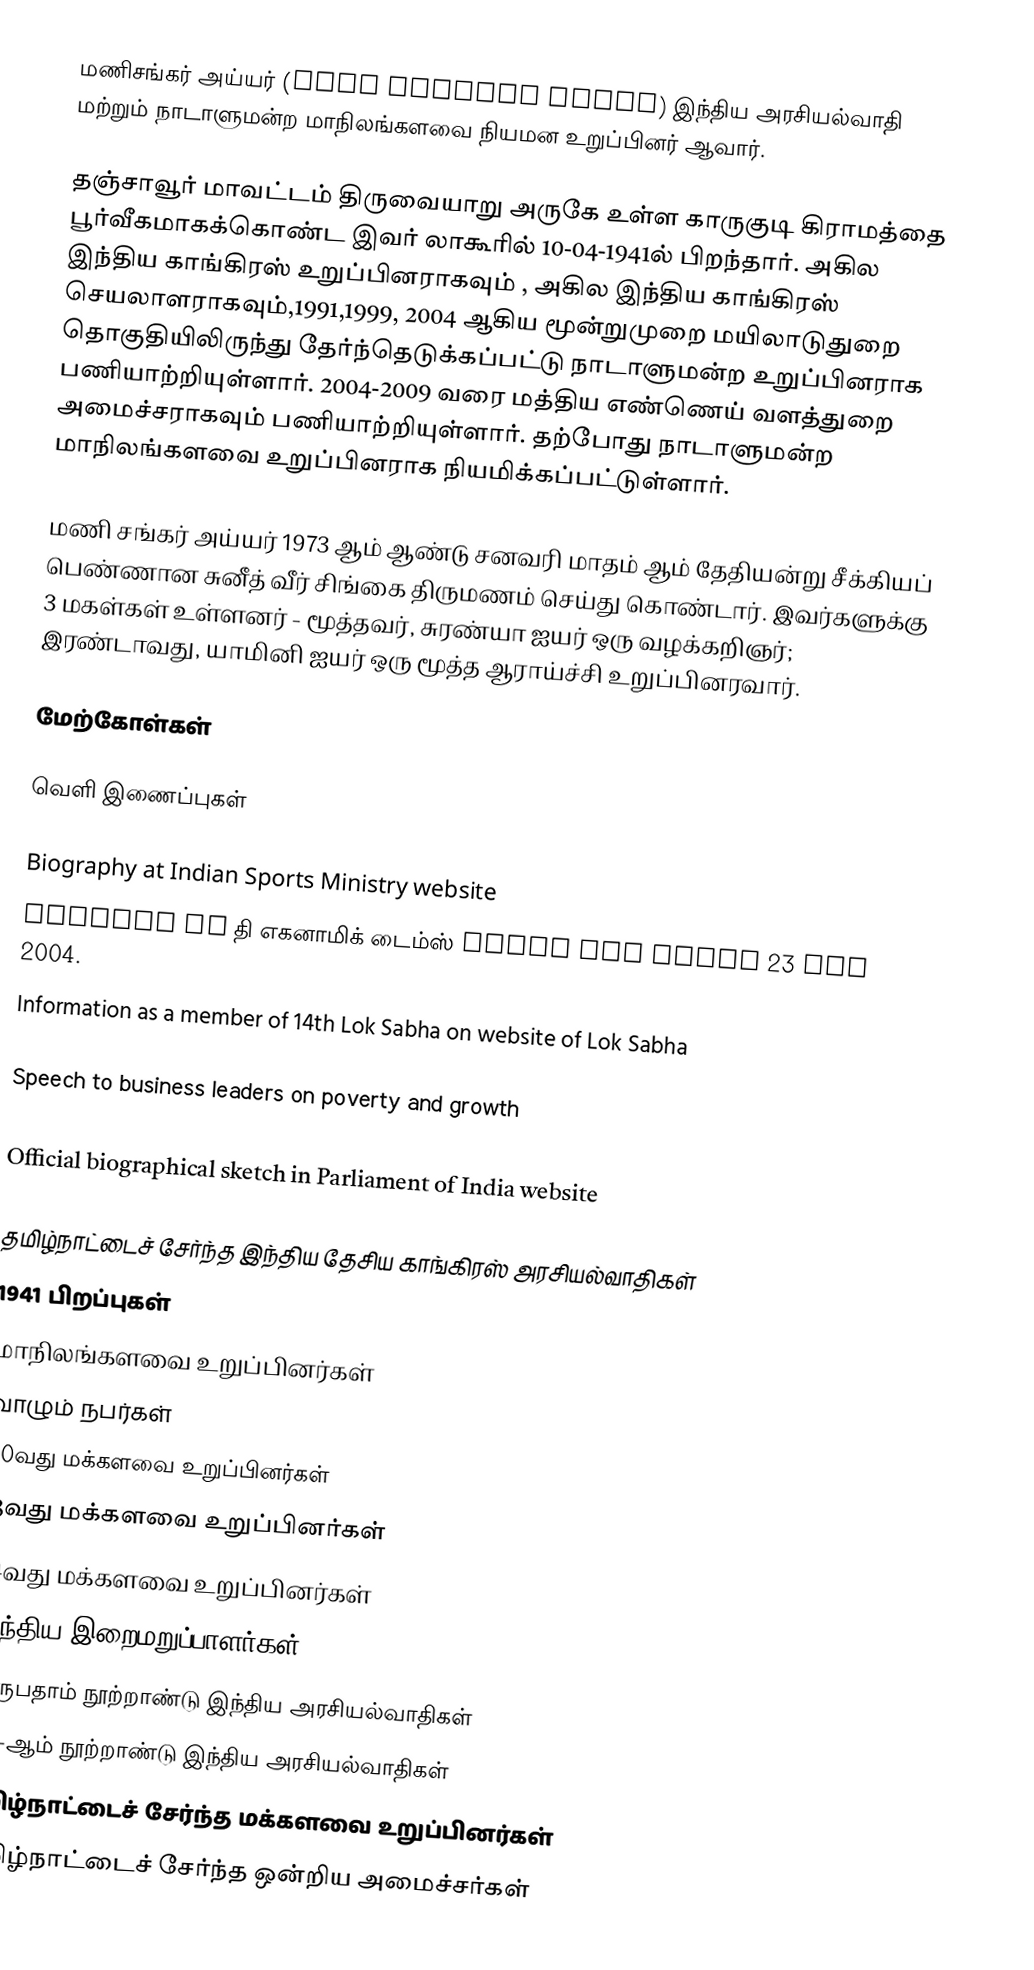
மணிசங்கர் அய்யர் (Mani Shankar Aiyar) இந்திய அரசியல்வாதி மற்றும் நாடாளுமன்ற மாநிலங்களவை நியமன உறுப்பினர் ஆவார்.

தஞ்சாவூர் மாவட்டம் திருவையாறு அருகே உள்ள காருகுடி கிராமத்தை பூர்வீகமாகக்கொண்ட இவர் லாகூரில் 10-04-1941ல் பிறந்தார். அகில இந்திய காங்கிரஸ் உறுப்பினராகவும் , அகில இந்திய காங்கிரஸ் செயலாளராகவும்,1991,1999, 2004 ஆகிய மூன்றுமுறை மயிலாடுதுறை தொகுதியிலிருந்து தேர்ந்தெடுக்கப்பட்டு நாடாளுமன்ற உறுப்பினராக பணியாற்றியுள்ளார். 2004-2009 வரை மத்திய எண்ணெய் வளத்துறை அமைச்சராகவும் பணியாற்றியுள்ளார். தற்போது நாடாளுமன்ற மாநிலங்களவை உறுப்பினராக நியமிக்கப்பட்டுள்ளார்.

மணி சங்கர் அய்யர் 1973 ஆம் ஆண்டு சனவரி மாதம் ஆம் தேதியன்று சீக்கியப் பெண்ணான சுனீத் வீர் சிங்கை திருமணம் செய்து கொண்டார். இவர்களுக்கு 3 மகள்கள் உள்ளனர் - மூத்தவர், சுரண்யா ஐயர் ஒரு வழக்கறிஞர்;  இரண்டாவது, யாமினி ஐயர் ஒரு மூத்த ஆராய்ச்சி உறுப்பினரவார்.

மேற்கோள்கள்

வெளி இணைப்புகள்

Biography at Indian Sports Ministry website
Article in தி எகனாமிக் டைம்ஸ் about him dated 23 May 2004.
Information as a member of 14th Lok Sabha on website of Lok Sabha
Quote on cnn.com
Speech to business leaders on poverty and growth
Mani Shankar Aiyer Statement Regarding Terrorism
 Official biographical sketch in Parliament of India website

தமிழ்நாட்டைச் சேர்ந்த இந்திய தேசிய காங்கிரஸ் அரசியல்வாதிகள்
1941 பிறப்புகள்
மாநிலங்களவை உறுப்பினர்கள்
வாழும் நபர்கள்
10வது மக்களவை உறுப்பினர்கள்
13வது மக்களவை உறுப்பினர்கள்
14வது மக்களவை உறுப்பினர்கள்
இந்திய இறைமறுப்பாளர்கள்
இருபதாம் நூற்றாண்டு இந்திய அரசியல்வாதிகள்
21-ஆம் நூற்றாண்டு இந்திய அரசியல்வாதிகள்
தமிழ்நாட்டைச் சேர்ந்த மக்களவை உறுப்பினர்கள்
தமிழ்நாட்டைச் சேர்ந்த ஒன்றிய அமைச்சர்கள்